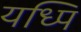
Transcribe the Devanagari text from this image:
यध्पि